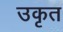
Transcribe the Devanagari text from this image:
उकृत